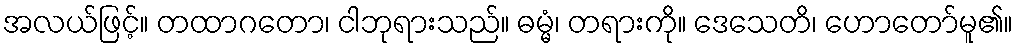
အလယ်ဖြင့်။ တထာဂတော၊ ငါဘုရားသည်။ ဓမ္မံ၊ တရားကို။ ဒေသေတိ၊ ဟောတော်မူ၏။